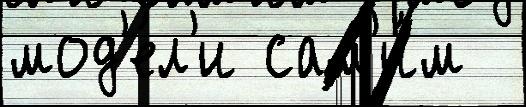
мод'е́л'и сам'и́м